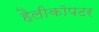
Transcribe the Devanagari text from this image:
हैलीकाॅपटर